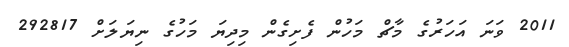
2011 ވަނަ އަހަރުގެ މާޗް މަހުން ފެށިގެން މިދިޔަ މަހުގެ ނިޔަލަށް 292817